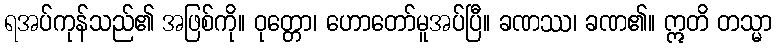
ရအပ်ကုန်သည်၏ အဖြစ်ကို။ ဝုတ္တော၊ ဟောတော်မူအပ်ပြီ။ ခဏဿ၊ ခဏ၏။ ဣတိ တသ္မာ